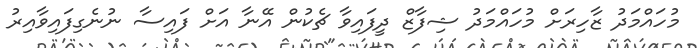
މުހައްމަދު ޒާހިރަށް މުހައްމަދު ޝިފާޒް ދީފައިވާ ޗެކުން އޭނާ އަށް ފައިސާ ނުނެގިފައިވާއިރު